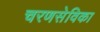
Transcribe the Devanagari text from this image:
चरणसेविका